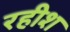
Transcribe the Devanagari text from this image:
रहीश